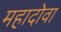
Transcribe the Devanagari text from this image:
महादोवा